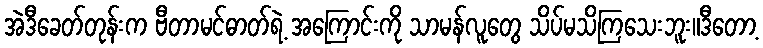
အဲဒီခေတ်တုန်းက ဗီတာမင်ဓာတ်ရဲ့ အကြောင်းကို သာမန်လူတွေ သိပ်မသိကြသေးဘူး။ဒီတော့